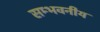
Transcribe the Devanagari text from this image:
सम्भवनीय